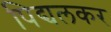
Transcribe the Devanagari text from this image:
पिद्यलकर